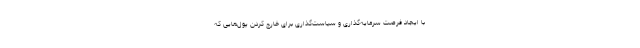
با ایجاد فرصت سرمایه‌گذاری و سیاست‌گذاری برای خارج کردن پول‌هایی که